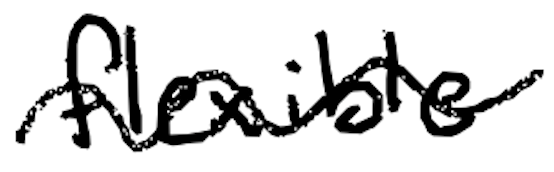
Text: flexible
Cross-out: wave
Writing tool: digital_black